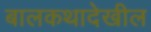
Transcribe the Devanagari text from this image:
बालकथादेखील